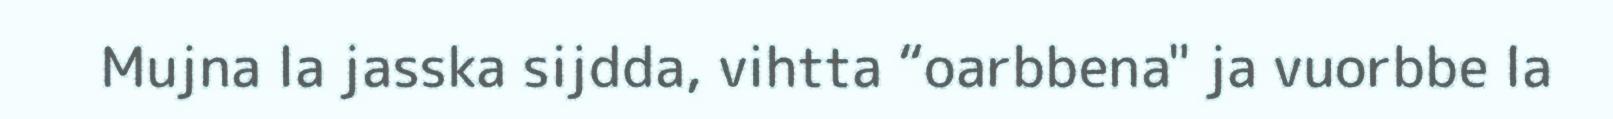
Mujna la jasska sijdda, vihtta “oarbbena" ja vuorbbe la